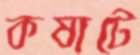
কষাটে